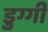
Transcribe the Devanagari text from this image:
डुग्गी